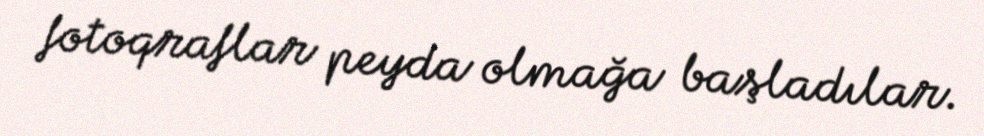
fotoqraflar peyda olmağa başladılar.